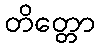
တိတ္တော